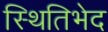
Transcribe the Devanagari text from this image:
स्थितिभेद